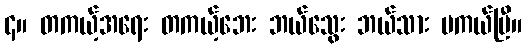
၄။ တကယ့်အရေး တကယ့်ဘေး ဘယ်သွေး ဘယ်သား မကယ်ပြီ။